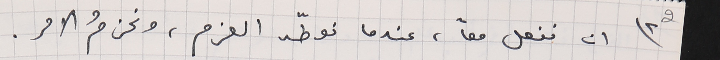
2 ٢) ان نفعل معاً، عندما نوطّد العزم، ونحزمُ الامر.